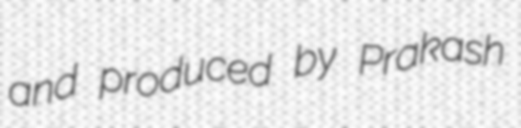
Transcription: and produced by Prakash